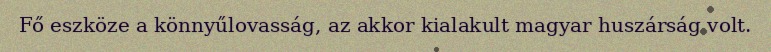
Fő eszköze a könnyűlovasság, az akkor kialakult magyar huszárság volt.